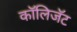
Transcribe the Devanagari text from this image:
कॉलिजॅट